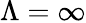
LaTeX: \Lambda=\infty